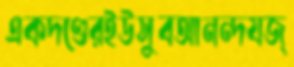
একদণ্ডেরইউসুবআনন্দযজ্